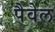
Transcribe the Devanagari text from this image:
पैवेल